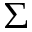
\Sigma